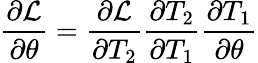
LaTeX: \frac{\partial\mathcal{L}}{\partial\theta}=\frac{\partial\mathcal{L}}{\partial T_{2}}\frac{\partial T_{2}}{\partial T_{1}}\frac{\partial T_{1}}{\partial\theta}